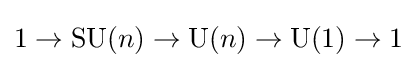
1\to \operatorname {SU} (n)\to \operatorname {U} (n)\to \operatorname {U} (1)\to 1